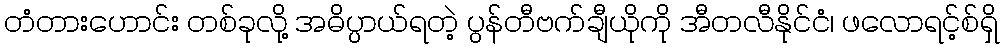
တံတားဟောင်း တစ်ခုလို့ အဓိပ္ပာယ်ရတဲ့ ပွန်တီဗက်ချီယိုကို အီတလီနိုင်ငံ၊ ဖလောရင့်စ်ရှိ